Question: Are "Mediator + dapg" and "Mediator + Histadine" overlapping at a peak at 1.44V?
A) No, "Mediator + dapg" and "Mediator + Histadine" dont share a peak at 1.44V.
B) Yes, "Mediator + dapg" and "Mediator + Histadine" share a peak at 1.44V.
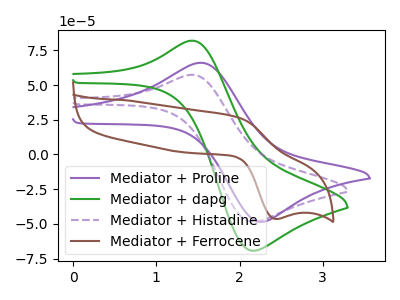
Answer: <think>The purple curve "Mediator + Proline" has an anodic peak at (1.55V, 66.00uA) and a cathodic peak at (2.20V, -48.25uA). The green curve "Mediator + dapg" has an anodic peak at (1.45V, 81.90uA) and a cathodic peak at (2.15V, -69.25uA). The purple dashed curve "Mediator + Histadine" has an anodic peak at (1.45V, 57.35uA) and a cathodic peak at (2.15V, -48.50uA). The brown curve "Mediator + Ferrocene" has an anodic peak at (1.95V, 26.90uA) and a cathodic peak at (2.45V, -46.40uA).</think>
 <answer>B) Yes, "Mediator + dapg" and "Mediator + Histadine" share a peak at 1.44V.</answer>
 <eval>B</eval>